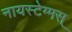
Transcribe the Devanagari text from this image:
नायस्‍टेग्‍मस्